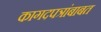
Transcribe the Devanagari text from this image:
कागदपत्रांबाबत